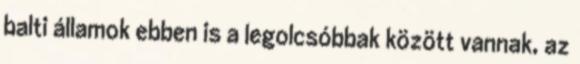
balti államok ebben is a legolcsóbbak között vannak, az